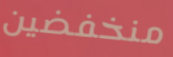
منخفضين